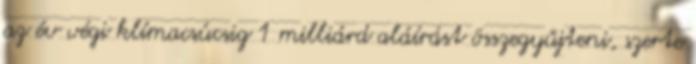
az év végi klímacsúcsig 1 milliárd aláírást összegyűjteni, szerte